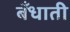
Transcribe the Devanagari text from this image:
बँधाती